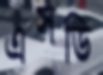
এসডি